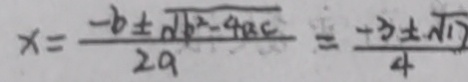
x = \frac { - b \pm \sqrt { b ^ { 2 } - 4 a c } } { 2 a } = \frac { - 3 \pm \sqrt { 1 7 } } { 4 }